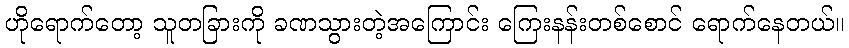
ဟိုရောက်တော့ သူတခြားကို ခဏသွားတဲ့အကြောင်း ကြေးနန်းတစ်စောင် ရောက်နေတယ်။